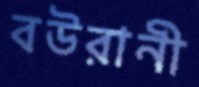
বউরানী